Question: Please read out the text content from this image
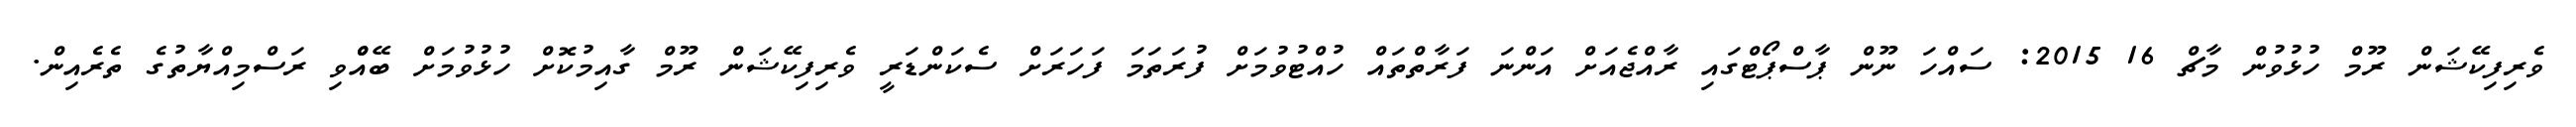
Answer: ވެރިފިކޭޝަން ރޫމް ހުޅުވުން މާޗް 16 2015: ސައްހަ ނޫން ޕާސްޕޯޓްގައި ރާއްޖެއަށް އަންނަ ފަރާތްތައް ހުއްޓުވުމަށް ފުރަތަމަ ފަހަރަށް ސެކަންޑަރީ ވެރިފިކޭޝަން ރޫމް ގާއިމުކޮށް ހުޅުވުމަށް ބޭއްްވި ރަސްމިއްޔާތުގެ ތެރެއިން.